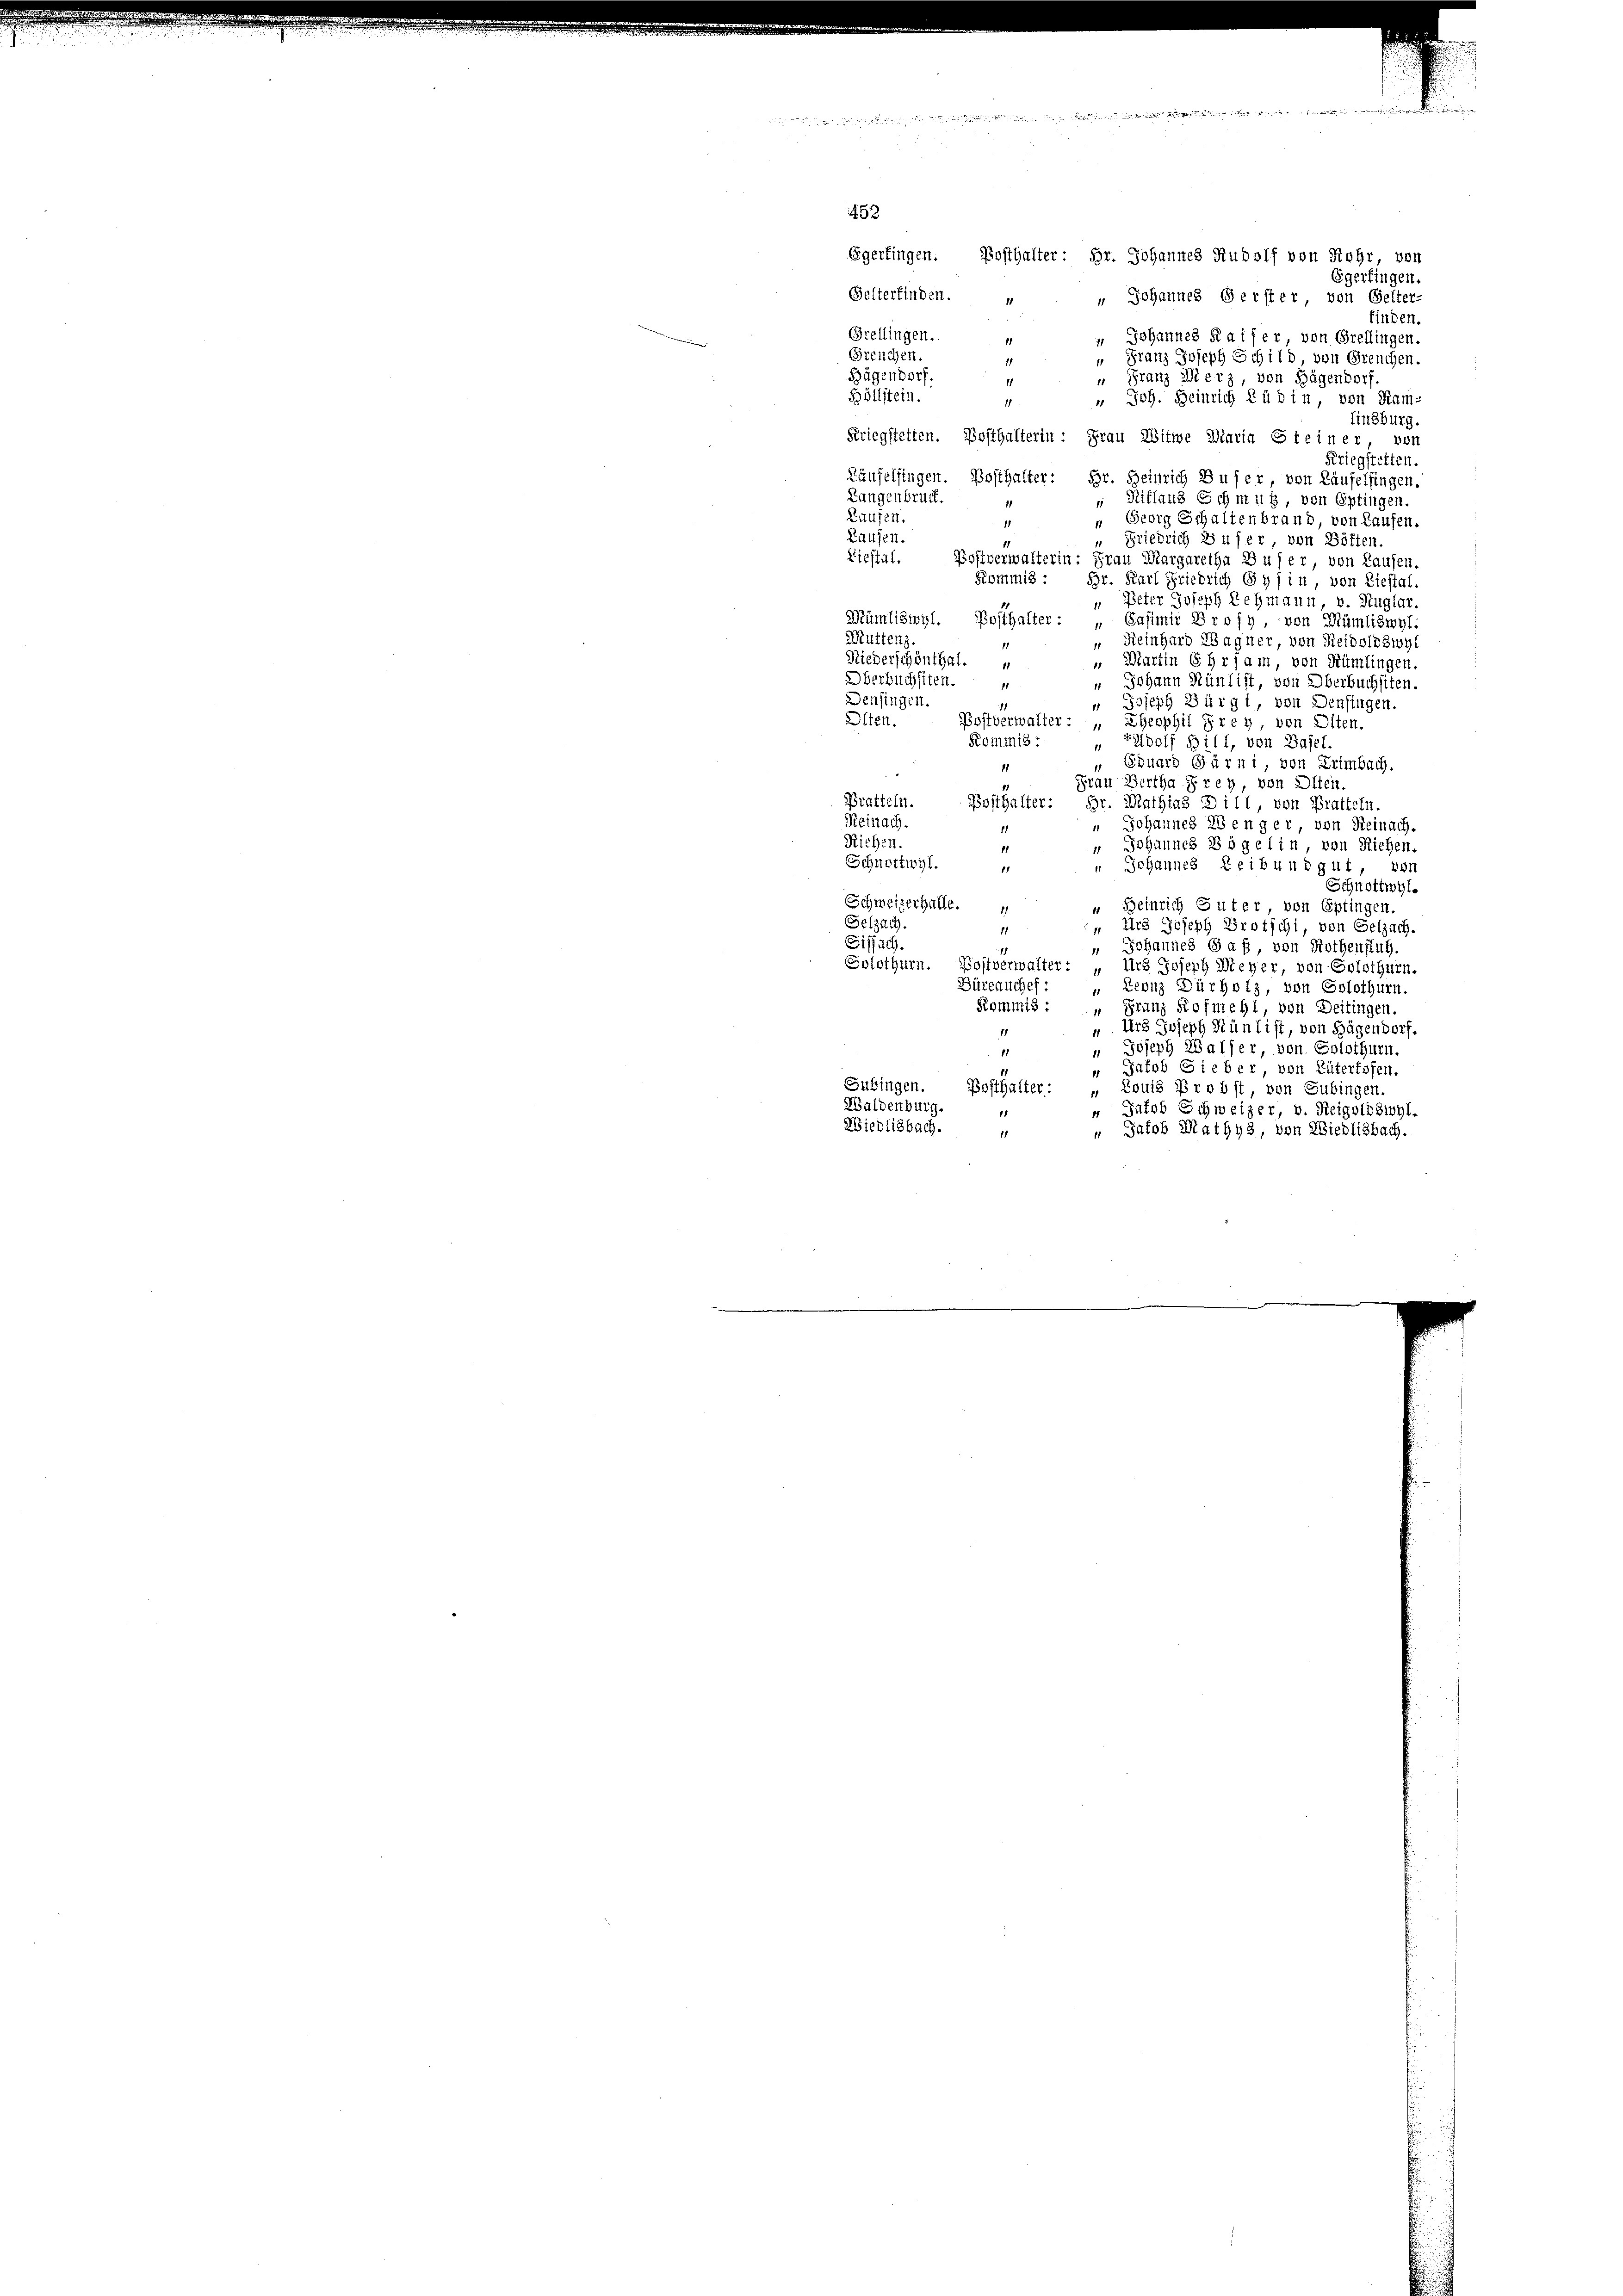
452
Egerfingen. Bosthalter: Hr. Johannes Rudolf von Rohr von

Egerfingen.
Gelterfinden.
 Johannes Gerster von Gelter-
finden.
Breflingen.
 Johannes Kaiser von Orellingen.
1
Grenchen.
" Franz Joseph Schild, von Grenchen.
1
Hägendorf.
" Franz Merz, von Hügendorf.
11
Böllstein.
" Joh. Heinrich Rüdin, von Kam-
11
Einsburg.
Kriegstetten. Bosthalterin: Frau Witwe Diaria Steiner von
Kriegstetten.
Läufelsingen. Posthalter: Hr. Heinrich Buser von Käufelfingen.
Langenbruck.
Ritland Schmug, von Eptingen.
Kaufen
 Georg Schaltenbrand, von Laufen.
11
Kaufen.
Friedrich Zufer, von Böffen.
Liestal. Bostverwalterin: Frau Margaretha Buser, von Laufen.
Kommis :
Br. Karl Friedrich Gysin, von Liestal.
" Peter Joseph Lehmann, v. Kuglar.
1
Mümliswyl. Bosthalter: „Casimir Brosy von Mümliswyl:
Müttenz.
" Reinhard Wagner, von Seidoldswyl
11
Niederschönthal.
" Martin Ehrsam, von Rümlingen.
Oberbuchsten.
" Johann Nünlist, von Oberbuchsiten.
Denfingen.
" Joseph Bürgi, von Denfingen.
Olten. Postverwalter: „Ehesphil Frey, von Olten.
Kommis:
„Zudolf Bill, von Basel.
 Eduard Garni von Krimbach.

Frau Wertha Frey, von Olten
Pratteln.
Posthalter: Hr. Mathias Dill, von Bratteln.
Reinach.
" Johannes Benger, von Reinach.
11
Riehen.
“ Johannes Vögelin, von Riehen.
Schnottwyl.
n Johannes Reibundgut, von
f
Schnottwyl.
Schweizerhalle.
“ Beinrich Guter von Eptingen.
Selzach.
Urs Joseph Brotschi, von Gelzach.
11
Siffuch.
" Johannes Saß, von Rothenflug.
Solothurn. Postverwalter: „Urs Joseph Meyer, von Solothurn.
Bürcauches:
" Leonz Dürhotz, von Solothurn.
Kommis: " Franz Rofmehl, von Deitingen.
". Urs Joseph Hüntist, von Hagendorf.
18
" Joseph ZBalfer, von Solothurn.
11
“ Jakob Sieber von Elterlosen.
Subingen. Posthalter: „Louis Probst, von Subingen.
Waldenburg.
 Jakob Schweizer, v. Reigoldswyl,
Wiedlisbach.
 Jakob Mathys, von Wiedlisbach.
11